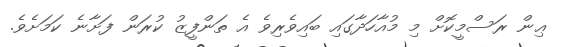
ޢިން ރަސްމީކޮށް މި މުއާހަދާގައި ބައިވެރިވެ އެ ތަންފީޒު ކުރަން ފަށާނެ ކަމަށެވެ.